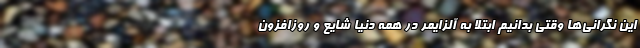
این نگرانی‌ها وقتی بدانیم ابتلا به آلزایمر در همه دنیا شایع و روزافزون